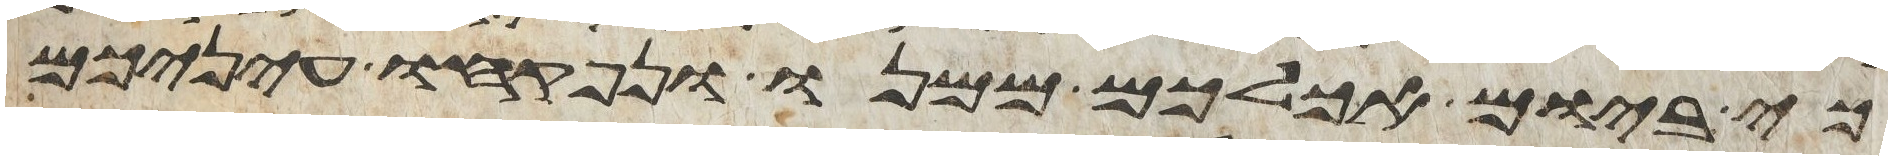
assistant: כי ביום אכלכם ממנו ונפקחו עיניכם